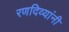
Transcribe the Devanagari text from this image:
रणदिव्यांनी